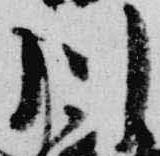
川